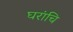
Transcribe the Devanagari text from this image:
घरांचि